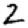
Digit: 2